Annual report of the Imperial Bacteriological Laboratory, Muktesar
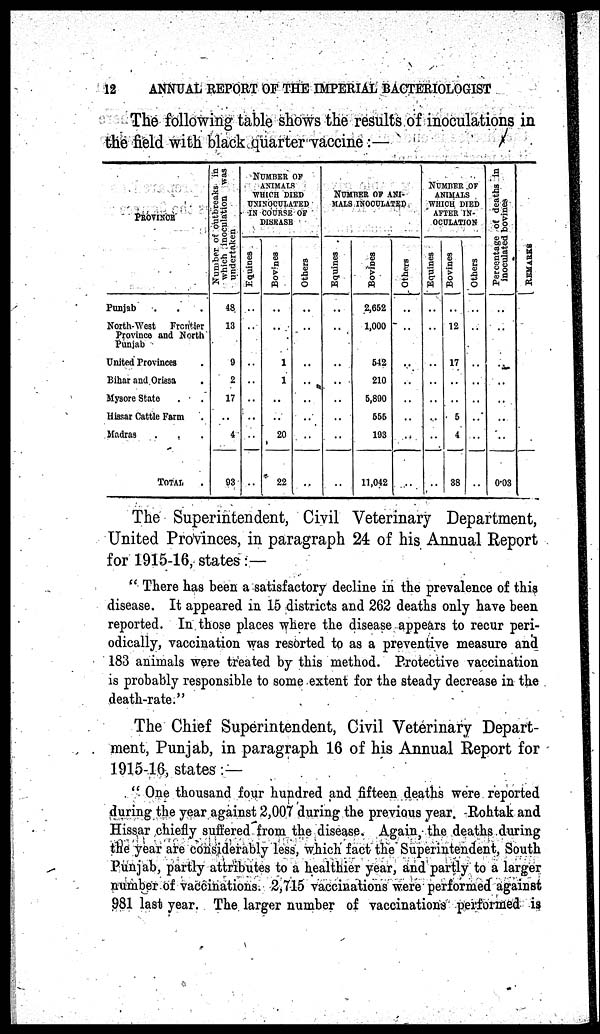
12
ANNUAL REPORT OF THE IMPERIAL BACTERIOLOGIST
The following table shows the results of inoculations in
the field with black quarter vaccine :—
PROVINCE
Punjab
North-West Frontier
Province and North
Punjab
United Provinces
Bihar and Orissa
Mysore State
Hissar Cattle Farm
Madras
TOTAL
Number of outbreaks in
which inoculation was
undertaken
48
13
9
2
17
..
4
93
NUMBER OF
ANIMALS
WHICH DIED
UNINOCULATED
IN COURSE OF
DISEASE
Equines
..
..
..
..
..
..
..
..
Bovines
..
..
1
1
..
..
20
22
Others
..
..
..
..
..
..
..
..
NUMBER OF ANI¬
MALS INOCULATED
Equines
..
..
..
..
..
..
..
..
Bovines
2,652
1,000
542
210
5,890
555
193
11,042
Others
..
..
..
..
..
..
..
..
NUMBER OF
ANIMALS
WHICH DIED
AFTER IN-
OCULATION
Equines
..
..
..
..
..
..
..
...
Bovines
..
12
17
..
..
5
4
38
Others
..
..
..
..
..
..
..
..
Percentage of deaths in
inoculated bovines
..
..
..
..
..
..
..
0.03
REMARKS
The Superintendent, Civil Veterinary Department,
United Provinces, in paragraph 24 of his Annual Report
for 1915-16, states :—
" There has been a satisfactory decline in the prevalence of this
disease. It appeared in 15 districts and 262 deaths only have been
reported. In those places where the disease appears to recur peri-
odically, vaccination was resorted to as a preventive measure and
183 animals were treated by this method. Protective vaccination
is probably responsible to some extent for the steady decrease in the
death-rate."
The Chief Superintendent, Civil Veterinary Depart-
ment, Punjab, in paragraph 16 of his Annual Report for
1915-16, states :—
" One thousand four hundred and fifteen deaths were reported
during the year against 2,007 during the previous year. Rohtak and
Hissar chiefly suffered from the disease. Again, the deaths during
the year are considerably less, which fact the Superintendent, South
Punjab, partly attributes to a healthier year, and partly to a larger
number of vaccinations. 2,715 vaccinations were performed against
981 last year. The larger number of vaccinations performed is